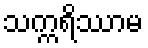
သက္ကရိဿာမ